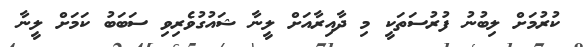
ކުރުމަށް ލިބުނު ފުރުސަތަކީ މި ދާއިރާއަށް ލީނާ ޝައުގުވެރިވި ސަބަބު ކަމަށް ލީނާ